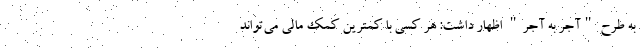
به طرح "آجر به آجر" اظهار داشت: هر کسی با کمترین کمک مالی می‌تواند